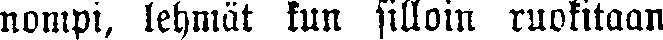
nompi, lehmät kun silloin ruokitaan